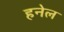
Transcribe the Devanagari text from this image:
हनेल